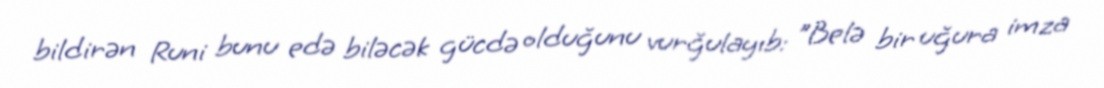
bildirən Runi bunu edə biləcək gücdə olduğunu vurğulayıb: "Belə bir uğura imza